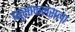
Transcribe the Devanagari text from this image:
ब्युसाफलसला